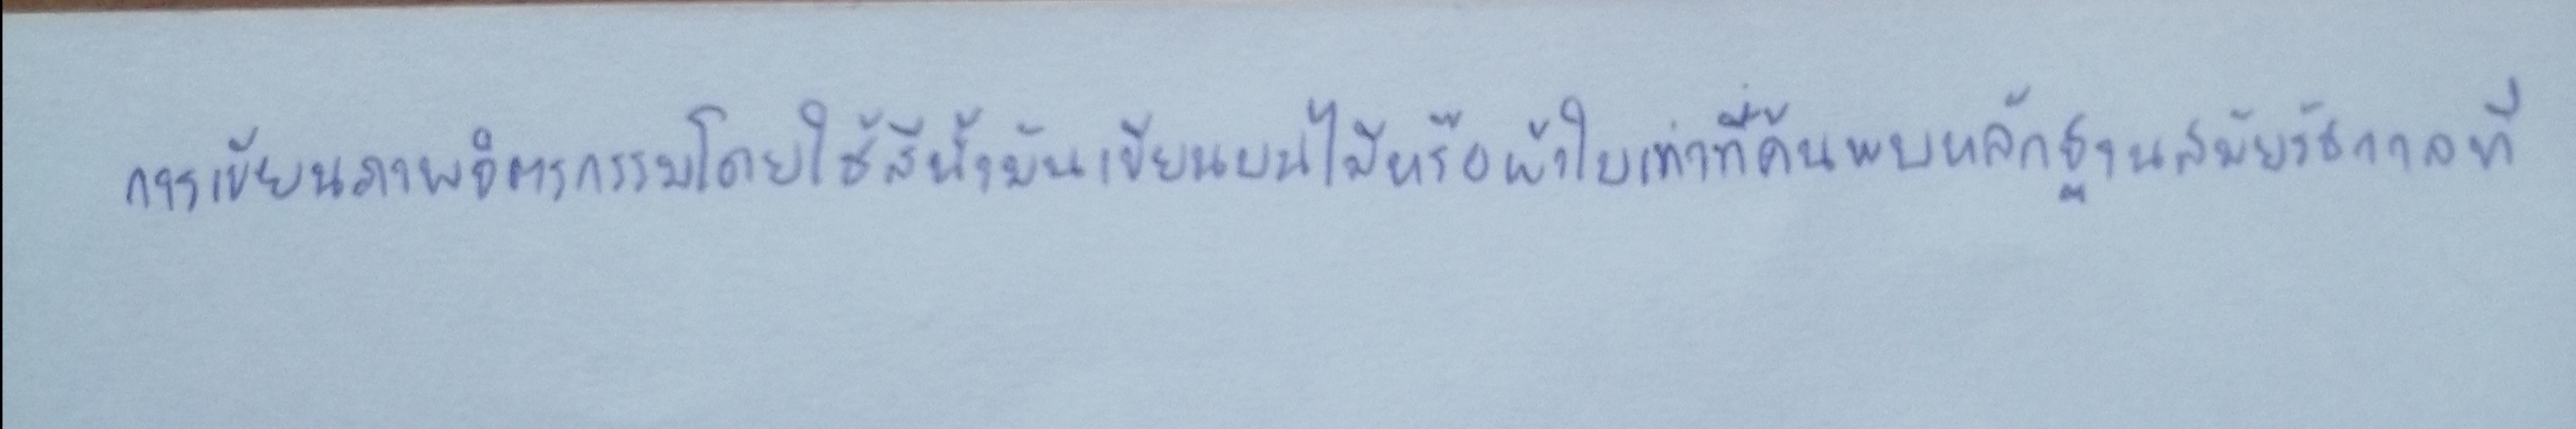
การเขียนภาพจิตรกรรมโดยใช้สีน้ำมันเขียนบนไม้หรือผ้าใบเท่าที่ค้นพบหลักฐานสมัยรัชกาลที่